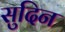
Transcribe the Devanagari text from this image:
सुदिन